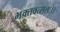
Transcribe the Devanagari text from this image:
भक्तवत्सलः।।